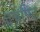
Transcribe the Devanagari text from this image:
ट्वेण्टि